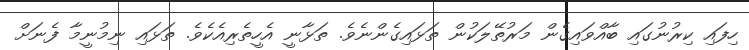
ހިފައި ކިރުނުގައި ބާއްވައިގެން މަރުތޭލަކުން ތަޅައިގެންނެވެ. ތަޅާނީ އެހީތެރިއެކެވެ. ތަޅައި ނިމުނީމާ ފެނަށް